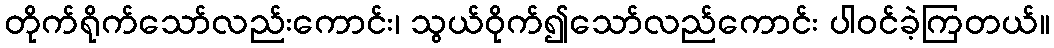
တိုက်ရိုက်သော်လည်းကောင်း၊ သွယ်ဝိုက်၍သော်လည်ကောင်း ပါဝင်ခဲ့ကြတယ်။